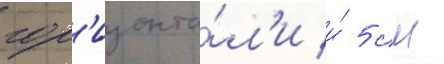
гор'изонта́л'и и́ 5 см